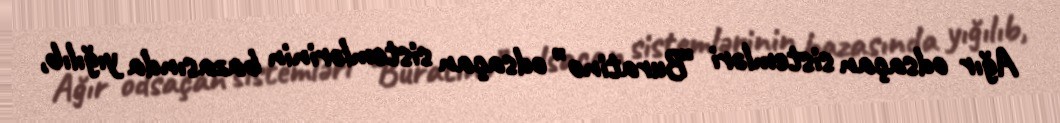
Ağır odsaçan sistemləri “Buratino” odsaçan sistemlərinin bazasında yığılıb,